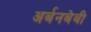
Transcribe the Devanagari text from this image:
अर्बनबेबी